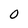
Character: 0